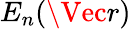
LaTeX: {E}_{n}(\Vec{r})